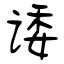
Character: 诿